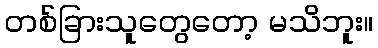
တစ်ခြားသူတွေတော့ မသိဘူး။